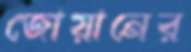
জোয়ানের